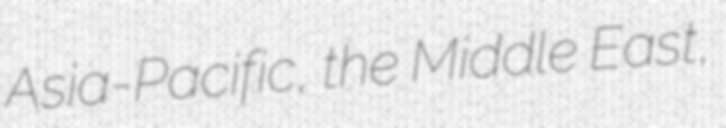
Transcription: Asia-Pacific, the Middle East,